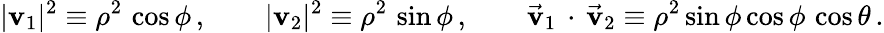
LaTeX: |\mathbf{v}_{1}|^{2}\equiv\rho^{2}\, \cos\phi\, ,\qquad|\mathbf{v}_{2}|^{2}\equiv\rho^{2}\, \sin\phi\, ,\qquad\vec{\mathbf{v}}_{1}\, \cdot\, \vec{\mathbf{v}}_{2}\equiv\rho^{2}\sin\phi\cos\phi\, \cos\theta\, .